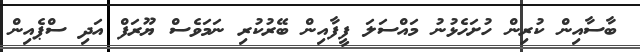
ބާސާއިން ކުރިން ހުށަހެޅުނު މައްސަލަ ފީފާއިން ބޭރުކުރި ނަމަވެސް ޔޫރަފް އަދި ސްޕެއިން